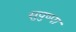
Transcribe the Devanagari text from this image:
सुपुष्पा